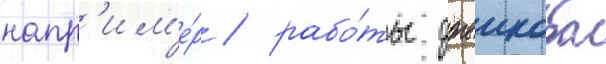
напр'им'е́р / рабо́ты джеикоба